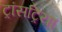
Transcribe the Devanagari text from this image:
ट्रांसट्रिया